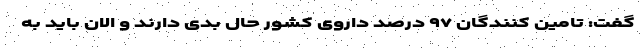
گفت: تامین کنندگان ۹۷ درصد داروی کشور حال بدی دارند و الان باید به